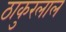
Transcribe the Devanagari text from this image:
ठाकुरलाल